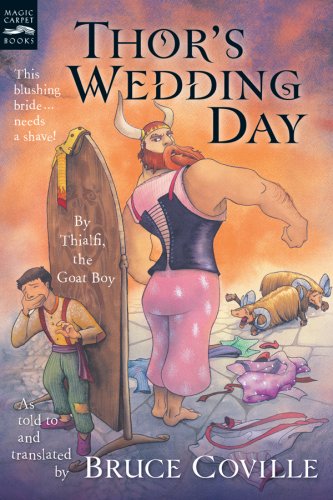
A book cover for Thor's Wedding Day: By Thialfi, the goat boy, as told to and translated by Bruce Coville (Magic Carpet Books); Bruce Coville; Children's Books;